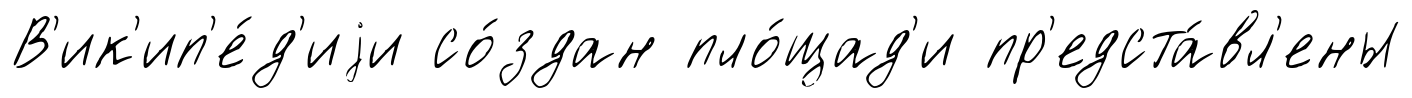
В'ик'ип'е́д'иjи со́здан пло́щад'и пр'едста́вл'ены